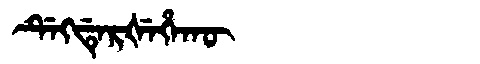
Manchu: ᡩᡝᡴᡩᡝᡵᡧᡝᡥᠠᡴᡡ
Romanization: DEKDERŠEHAKŪ